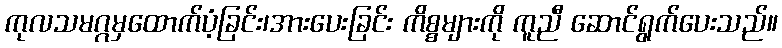
ကုလသမဂ္ဂမှထောက်ပံ့ခြင်း၊အားပေးခြင်း ကိစ္စများကို ကူညီ ဆောင်ရွက်ပေးသည်။